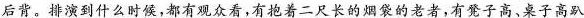
后背。排演到什么时候,都有观众看,有抱着二尺长的烟袋的老者,有凳子高、桌子高趴